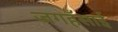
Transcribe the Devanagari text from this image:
जगहँसाई